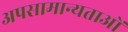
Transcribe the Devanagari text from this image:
अपसामान्यताओं